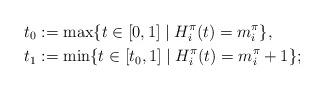
LaTeX: \begin{align*}t_0 &:=\mathrm{max}\{t\in[0,1]\mid H^\pi_i(t)=m^\pi_i\}, \\t_1&:=\mathrm{min}\{t\in[t_0,1] \mid H^\pi_i(t)=m^\pi_i+1\}; \end{align*}